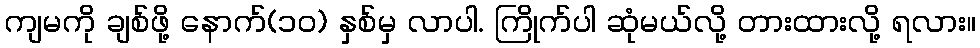
ကျမကို ချစ်ဖို့ နောက်(၁၀) နှစ်မှ လာပါ. ကြိုက်ပါ ဆုံမယ်လို့ တားထားလို့ ရလား။